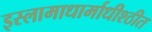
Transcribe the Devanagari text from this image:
इस्लामाधार्माधीश्ठीत